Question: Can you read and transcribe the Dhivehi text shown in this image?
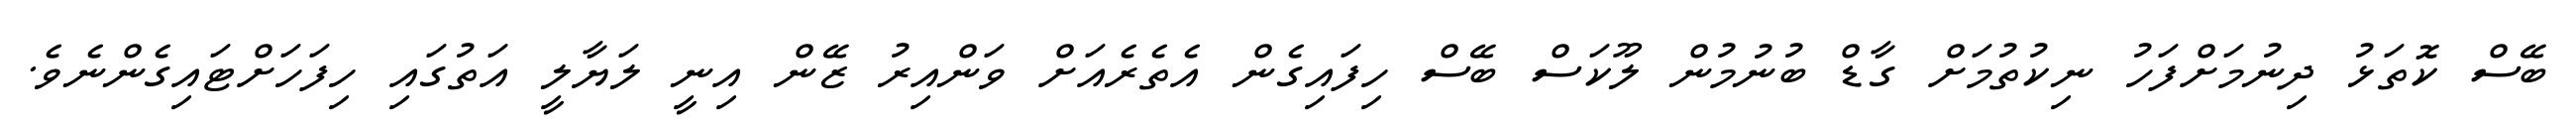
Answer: ބޭސް ކޮތަޅު ދިނުމަށްފަހު ނިކުތުމަށް ގާޑް ބުނުމުން ލޫކަސް ބޭސް ހިފައިގެން އެތެރެއަށް ވަންއިރު ޒޭން އިނީ ލަޔާލީ އަތުގައި ހިފަހަށްޓައިގެންނެވެ.